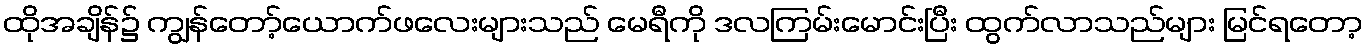
ထိုအချိန်၌ ကျွန်တော့်ယောက်ဖလေးများသည် မေရီကို ဒလကြမ်းမောင်းပြီး ထွက်လာသည်များ မြင်ရတော့